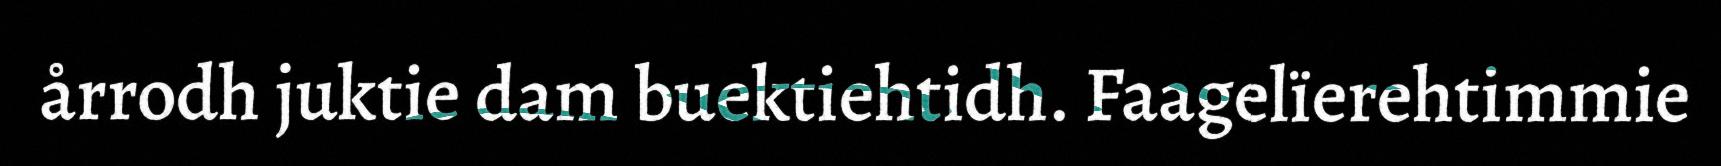
årrodh juktie dam buektiehtidh. Faagelïerehtimmie